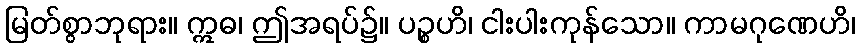
မြတ်စွာဘုရား။ ဣဓ၊ ဤအရပ်၌။ ပဉ္စဟိ၊ ငါးပါးကုန်သော။ ကာမဂုဏေဟိ၊